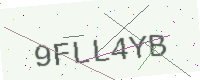
Text: 9FLL4YB